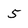
Character: 5